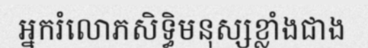
អ្នករំលោភសិទ្ធិមនុស្សខ្លាំងជាង